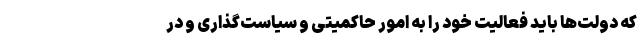
که دولت‌ها باید فعالیت خود را به امور حاکمیتی و سیاست‌گذاری و در